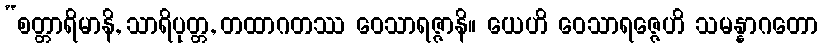
“စတ္တာရိမာနိ, သာရိပုတ္တ, တထာဂတဿ ဝေသာရဇ္ဇာနိ။ ယေဟိ ဝေသာရဇ္ဇေဟိ သမန္နာဂတော